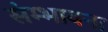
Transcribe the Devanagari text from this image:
संम्भावना